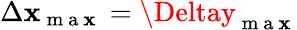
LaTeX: \Delta\mathbf{x}_{\mathrm{{~m~a~\mathbf{x}~}}}=\Deltay_{\mathrm{{~m~a~\mathbf{x}~}}}